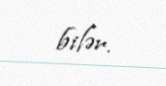
bilər.